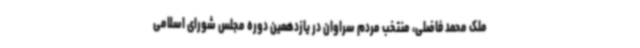
ملک محمد فاضلی، منتخب مردم سراوان در یازدهمین دوره مجلس شورای اسلامی